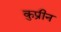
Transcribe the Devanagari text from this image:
कुप्रीन